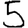
Digit: 5